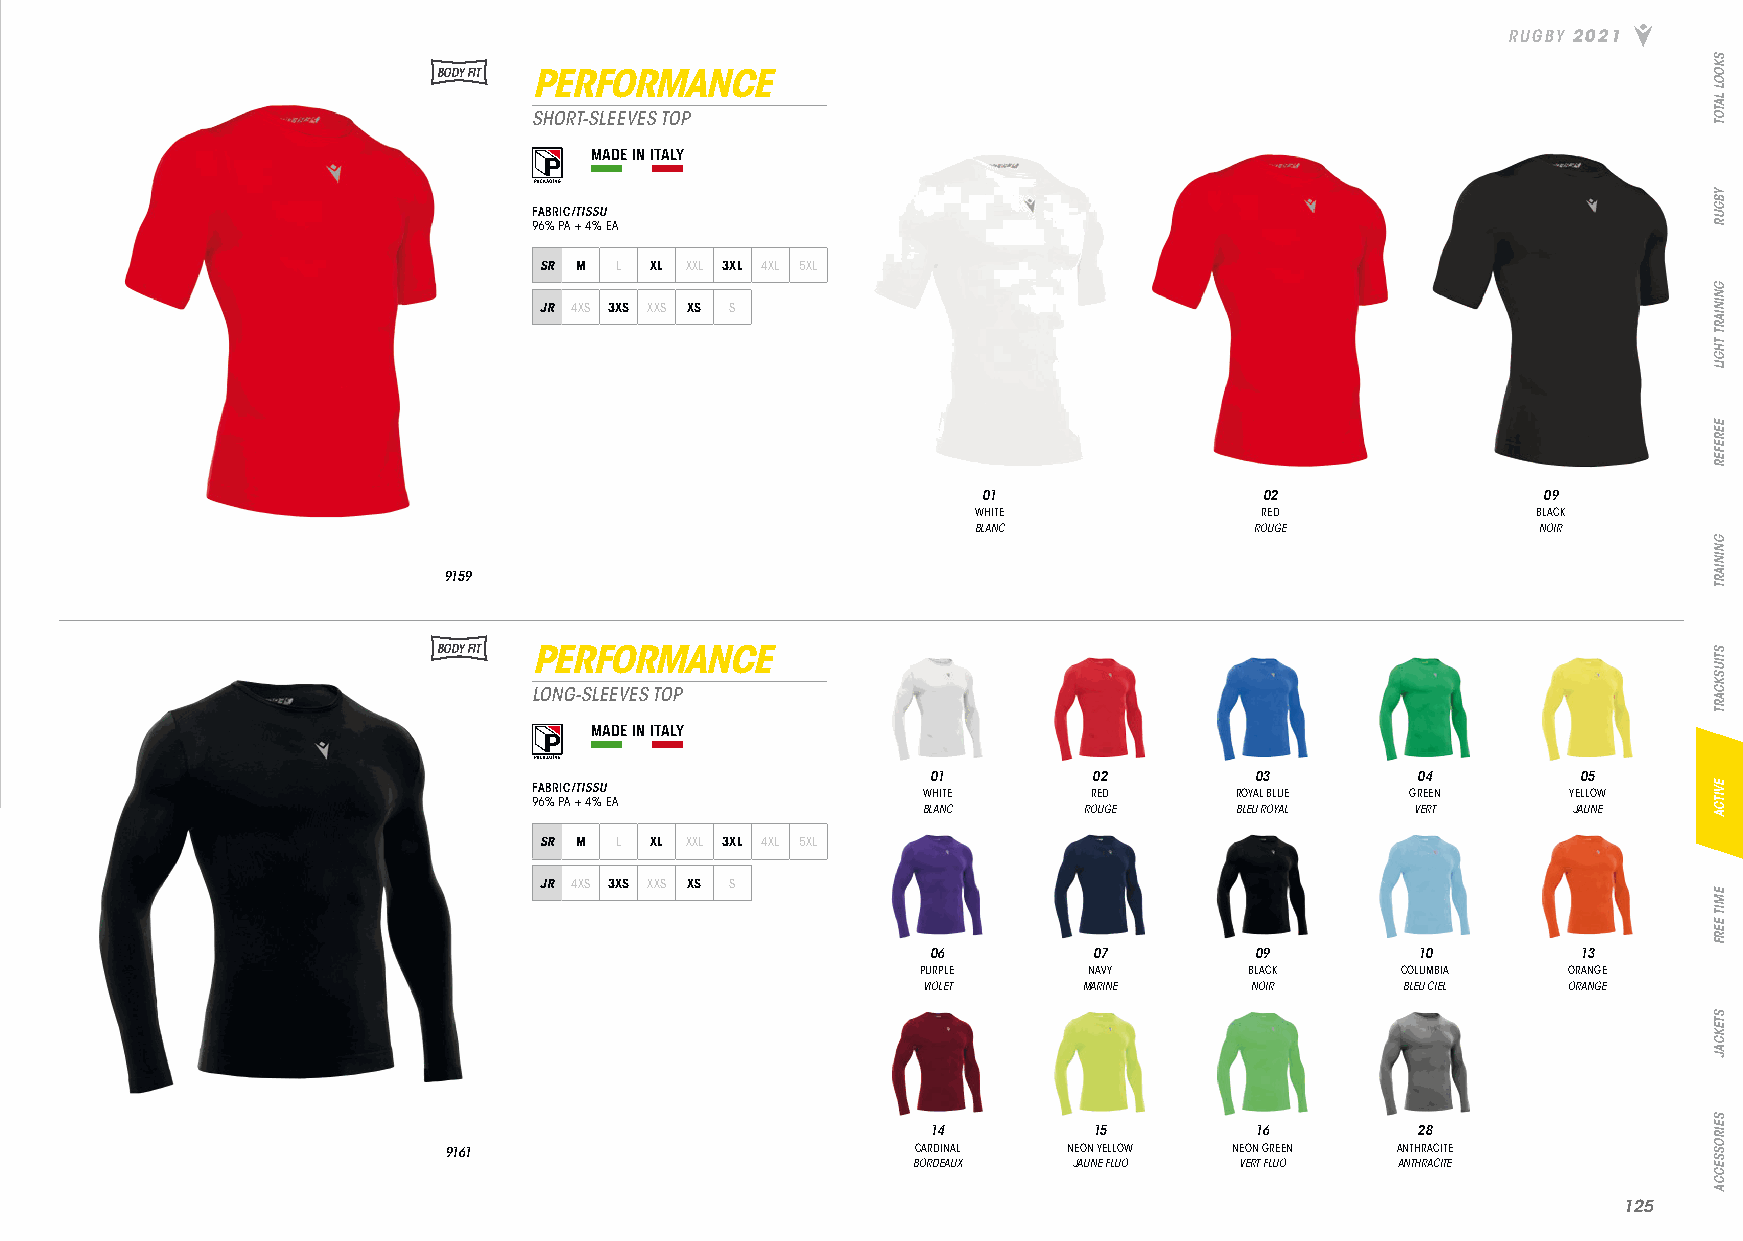
RUGBY 2021
 BODY FIT PERFORMANCE
 SHORT-SLEEVES TOP
 MADE IN ITALY
 FABRIC/TISSU
 96% PA + 4% EA
 SR M L XL XXL 3XL 4XL 5XL
 JR 4XS 3XS XXS XS S
 01                 02                09
 WHITE             RED                BLACK
 BLANC              ROUGE              NOIR
 9159
 BODY FIT PERFORMANCE
 LONG-SLEEVES TOP
 MADE IN ITALY
 01        02         03         04         05
 FABRIC/TISSU              WHITE      RED       ROYAL BLUE GREEN      YELLOW
 96% PA + 4% EA
 BLANC      ROUGE     BLEU ROYAL  VERT      JAUNE
 SR M L XL XXL 3XL 4XL 5XL
 JR 4XS 3XS XXS XS S
 06        07         09         10         13
 PURPLE     NAVY       BLACK     COLUMBIA   ORANGE
 VIOLET     MARINE     NOIR      BLEU CIEL  ORANGE
 14        15         16         28
 9161                            CARDINAL  NEON YELLOW NEON GREEN ANTHRACITE
 BORDEAUX   JAUNE FLUO VERT FLUO  ANTHRACITE
 112255
 SKOOL
 LATOT
 YBGUR
 GNINIART
 THGIL
 EEREFER
 GNINIART
 STIUSKCART
 EVITCA
 EMIT
 EERF
 STEKCAJ
 SEIROSSECCA